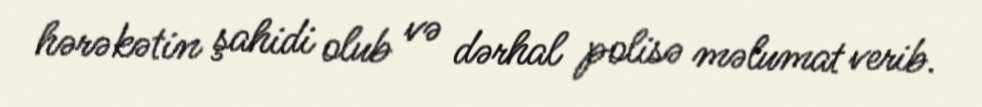
hərəkətin şahidi olub və dərhal polisə məlumat verib.